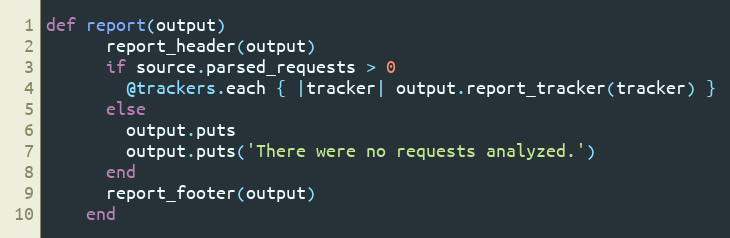
Language: Ruby
def report(output)
      report_header(output)
      if source.parsed_requests > 0
        @trackers.each { |tracker| output.report_tracker(tracker) }
      else
        output.puts
        output.puts('There were no requests analyzed.')
      end
      report_footer(output)
    end